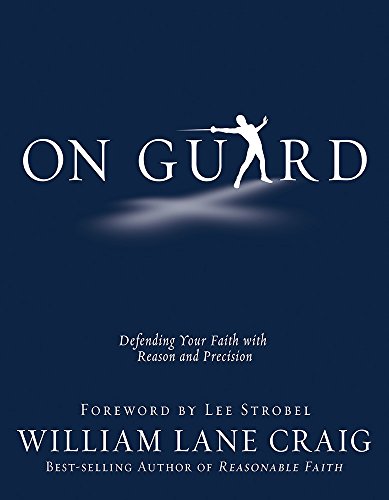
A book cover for On Guard: Defending Your Faith with Reason and Precision; William Lane Craig; Christian Books & Bibles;